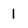
Character: 1